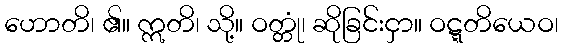
ဟောတိ၊ ၏။ ဣတိ၊ သို့။ ဝတ္တုံ၊ ဆိုခြင်းငှာ။ ဝဋ္ဋတိယေဝ၊